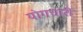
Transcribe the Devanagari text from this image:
योगचारी